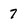
Character: 7